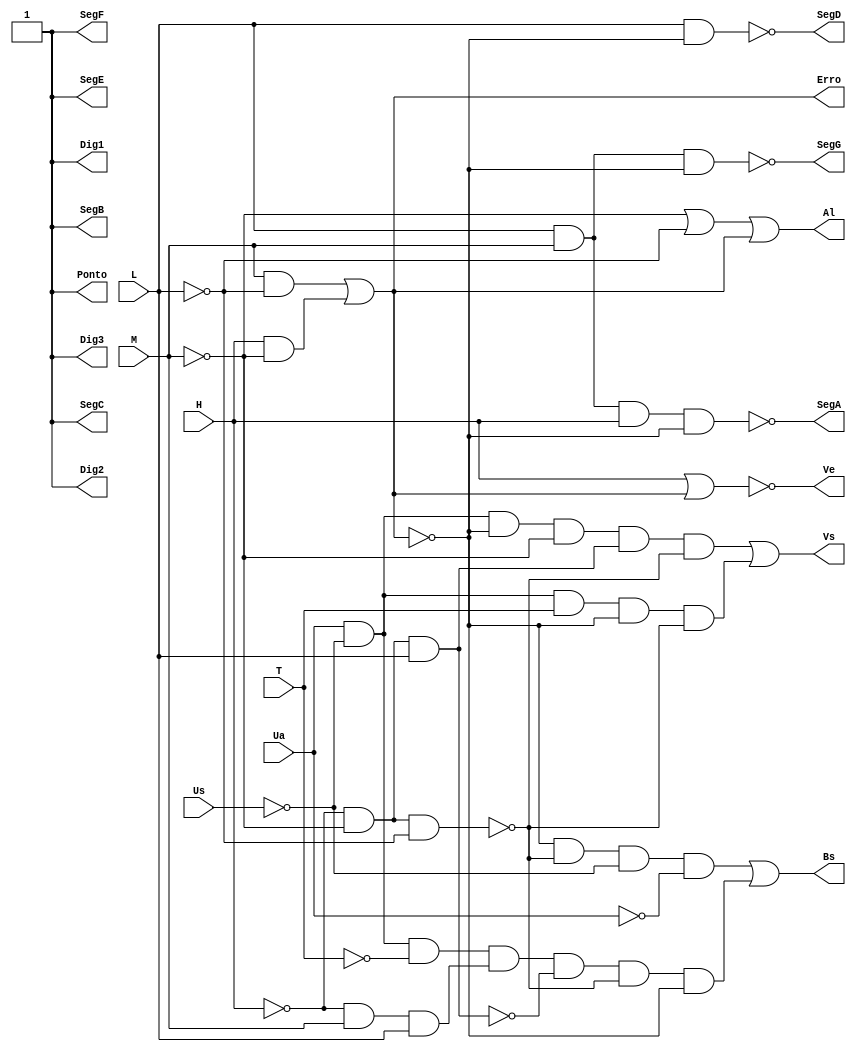
module circuito(Us, Ua, H, T, M, L, Vs, Bs, Al, Erro, Ve, Dig1, Dig2, Dig3, SegA, SegB, SegC, SegD, SegE, SegF, SegG, Ponto);

input Us, Ua, T, H, M, L;
output Vs, Bs, Al,Erro, Ve, Dig1, Dig2, Dig3, SegA, SegB, SegC, SegD, SegE, SegF, SegG, Ponto;

/*
    Vs (Gotejamento)= Ua ~Us ~Erro ~Medio Baixo ~Vazio + Ua ~Us T ~Erro ~Vazio
    Bs (Aspercao)= ~Erro ~Vazio ~Us ~Ua + ~Us Ua ~T Medio ~Baixo ~Vazio ~Erro
    Al (Alarme)= ~M + ~L
    Cheio = H M L
    Medio = ~H M L
    Baixo = ~H ~M L
    Critico = ~H ~M ~L
    Erro = M ~L + H ~M
    Ve (Vavula entrada)= ~H ~M + ~H L
*/

//=================DEFINICOES===========
wire Hinv, Minv, Linv, Erroinv, Uainv, Usinv, Vazioinv, Baixoinv, Medioinv, Cheioinv, Tinv;
not N1(Hinv, H);
not N2(Minv, M);
not N3(Linv, L);
not N4(Erroinv, Erro);
not N5(Uainv, Ua);
not N6(Usinv, Us);
not N7(Vazioinv, Vazio);
not N8(Tinv, T);
not N9(Baixoinv, Baixo);
not N10(Medioinv, Medio);
not N11(Cheioinv, Cheio);

// Vazio = ~H ~M ~L
wire vazio, medio, baixo;
and V1 (Vazio, Hinv, Minv, Linv);

// Baixo = ~H ~M L
and B1 (Baixo, Hinv, Minv, L);

// Medio = ~H M L
and M1 (Medio, Hinv, M, L);

// Cheio = H M L
and C1 (Cheio, H, M, L);

// Erro = M ~L + H ~M
wire ErA, ErB;
and E2 (ErA, M, Linv);
and E3 (ErB, H, Minv);
or E4 (Erro, ErA, ErB);

//Valvula de entrada
//Ve = ~H * ~M + ~H * L
wire VeA, VeB;
or H3 (VeA, H, Erro);
not H4 (Ve, VeA);

//Al = ~M + ~L + Erro
or A1(Al, Minv, Linv, Erro);


// Vs (Gotejamento) = Ua ~Us ~Erro ~Medio Baixo ~Vazio + Ua ~Us T ~Erro ~Vazio
wire VsA, VsB;
and VS1 (VsA, Ua, Usinv, Erroinv, Minv, Baixo, Vazioinv);
and VS2 (VsB, Ua, Usinv, T, Erroinv, Vazioinv);
or VS3 (Vs, VsA, VsB);

//Bs (Aspercao)= ~Erro ~Vazio ~Us ~Ua + ~Us Ua ~T Medio ~Baixo ~Vazio ~Er
wire BsA, BsB;
and BS1 (BsA, Erroinv, Vazioinv, Usinv, Uainv);
and BS2 (BsB, Usinv, Ua, Tinv, Medio, Baixoinv, Vazioinv, Erroinv);
or BS3 (Bs, BsA, BsB);

//========================
not (Dig1, 0);
not (Dig2, 0);
not (Dig3, 0);
not (SegB, 0);
not (SegC, 0);
not (SegE, 0);
not (SegF, 0);
not (Ponto, 0);

wire LedD, LedG, LedA;

// Minimo
and (LedD, L, Erroinv);
not (SegD, LedD);

// Medio
and (LedG, L, M, Erroinv);
not (SegG, LedG);

// Alto
and (LedA, L, M, H, Erroinv);
not (SegA, LedA);
//========================

endmodule